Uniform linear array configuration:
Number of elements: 64
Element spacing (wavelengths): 1
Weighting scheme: binomial
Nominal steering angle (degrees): -15
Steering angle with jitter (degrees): -14.425
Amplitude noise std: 0.05
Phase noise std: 0.05

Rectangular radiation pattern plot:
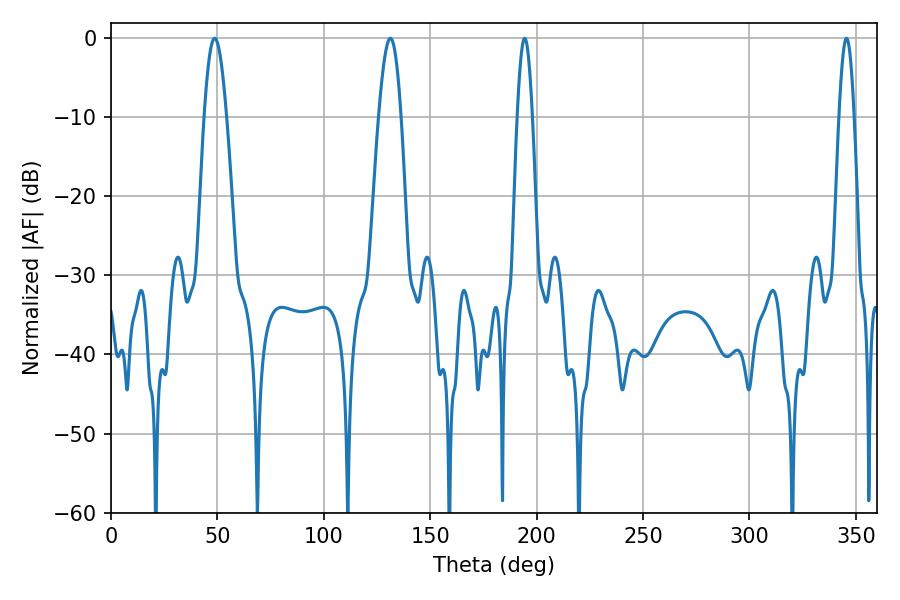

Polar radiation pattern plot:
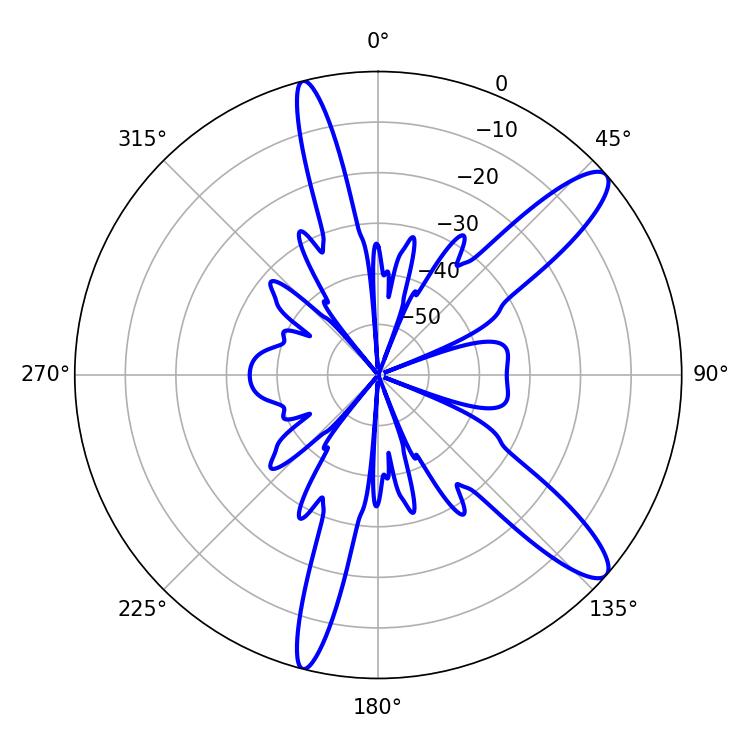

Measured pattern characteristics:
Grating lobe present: TRUE
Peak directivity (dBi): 11.977
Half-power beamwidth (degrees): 3.78
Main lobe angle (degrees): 194.4